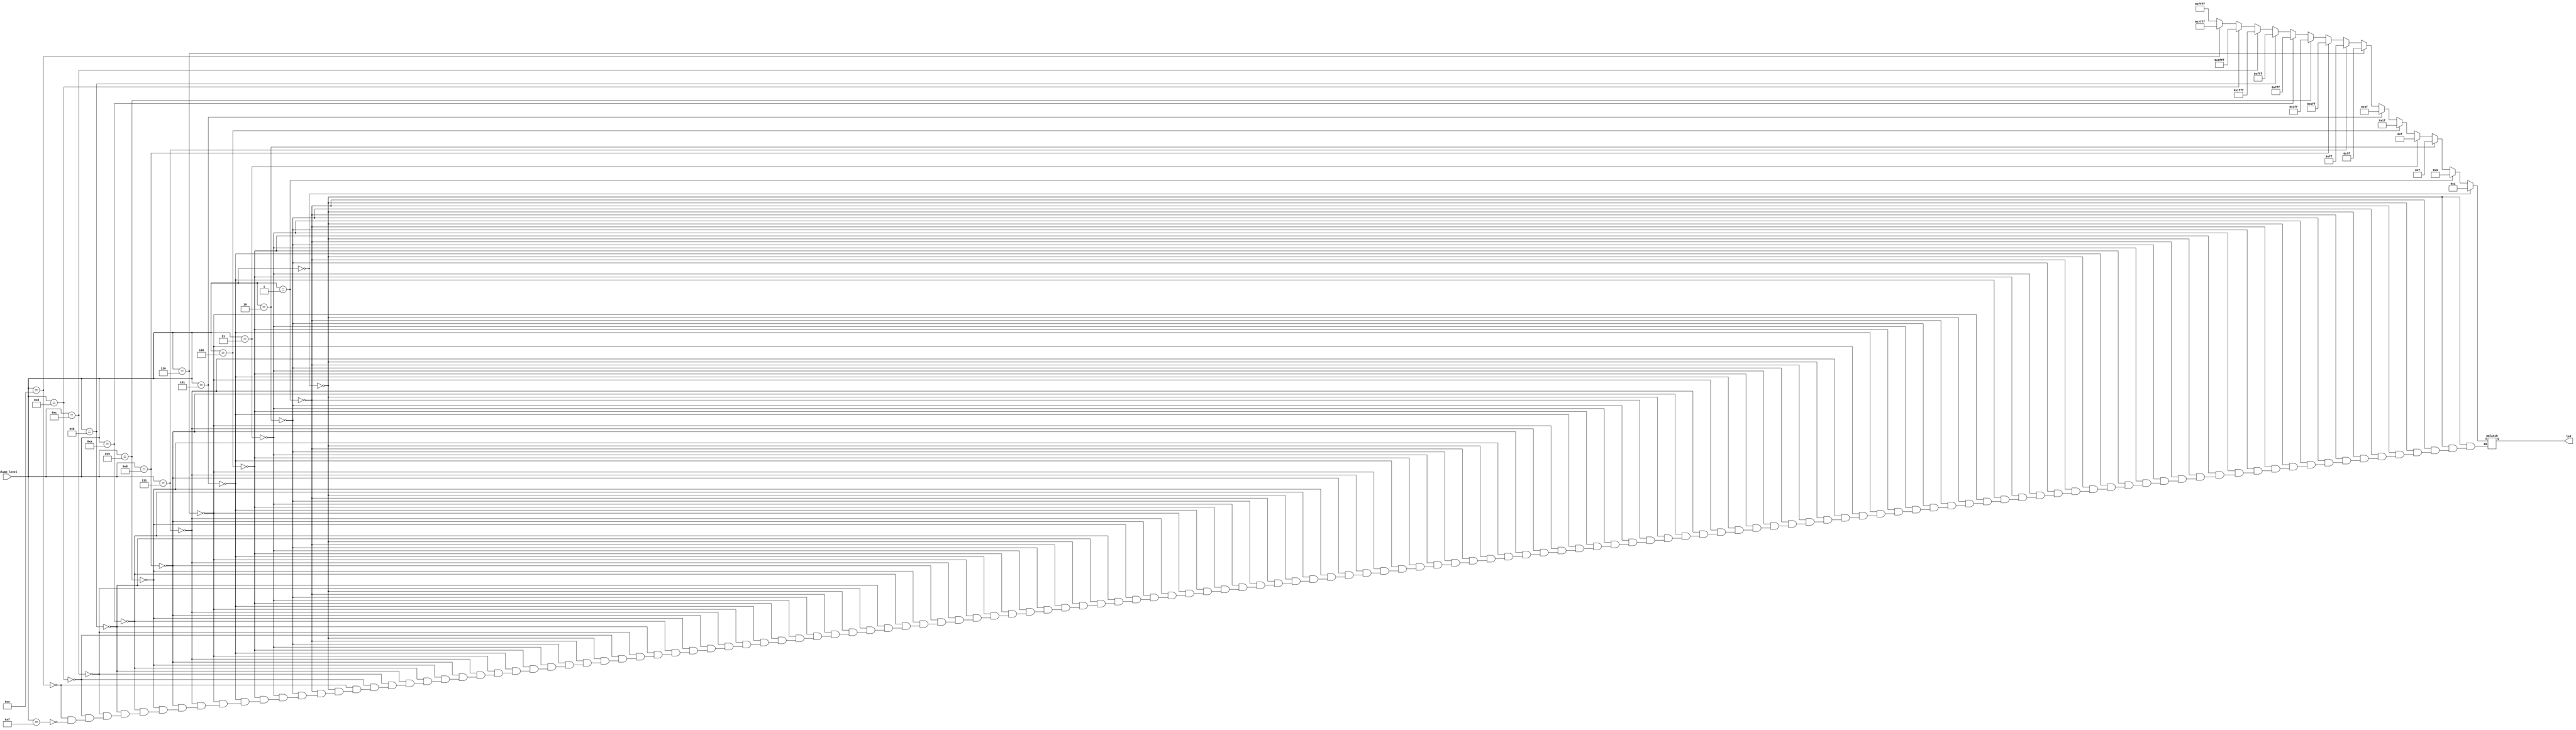
`timescale 1ns / 1ps
//////////////////////////////////////////////////////////////////////////////////
// Company: 
// Engineer: 
// 
// Design Name: 
// Module Name: led_display
// Project Name: 
// Target Devices: 
// Tool Versions: 
// Description: 
// 
// Dependencies: 
// 
// Revision:
// Revision 0.01 - File Created
// Additional Comments:
// 
//////////////////////////////////////////////////////////////////////////////////


module led_display(
    input [3:0] volume_level,
    output reg [15:0] led = 0
    );
    always @ (*) begin
        if (volume_level == 0)
            led = 1;
        else if (volume_level == 1) // 2 ^ volume_level - 1 to get bits 1111111 etc
            led = 3;
        else if (volume_level == 2)
            led = 7;
        else if (volume_level == 3)
            led = 15;
        else if (volume_level == 4)
            led = 31;
        else if (volume_level == 5)
            led = 63;
        else if (volume_level == 6)
            led = 127;
        else if (volume_level == 7)
            led = 255;
        else if (volume_level == 8)
            led = 511;
        else if (volume_level == 9)
            led = 1023;
        else if (volume_level == 10)
            led = 2047;
        else if (volume_level == 11)
            led = 4095;
        else if (volume_level == 12)
            led = 8191;
        else if (volume_level == 13)
            led = 16383;
        else if (volume_level == 14)
            led = 32767;
        else if (volume_level == 15)
            led = 65535;
    end
    
endmodule